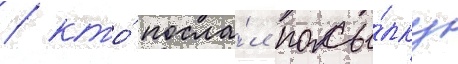
/ кто́ посла́л посы́лку